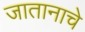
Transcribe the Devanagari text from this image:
जातानाचे